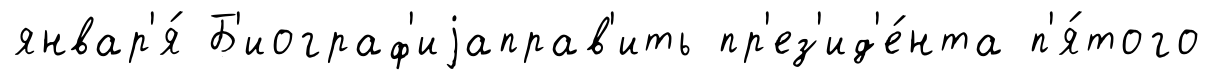
январ'я́ Б'иограф'иjаправ'ить пр'ез'ид'е́нта п'я́того